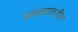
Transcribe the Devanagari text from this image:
आढ्याकडील